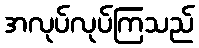
အလုပ်လုပ်ကြသည်